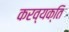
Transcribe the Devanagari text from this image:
करव्यक्ति